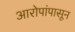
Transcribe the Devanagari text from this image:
आरोपांपासून